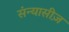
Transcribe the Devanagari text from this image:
संन्यासीज़